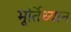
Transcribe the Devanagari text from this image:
मूर्तिध्यान